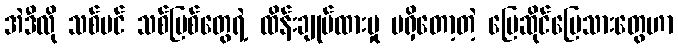
အဲဒီလို သစ်ပင် သစ်မြစ်တွေရဲ့ ထိန်းချုပ်ထားမှု မရှိတော့တဲ့ မြေဆိုင်မြေသားတွေဟာ